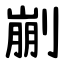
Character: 剻